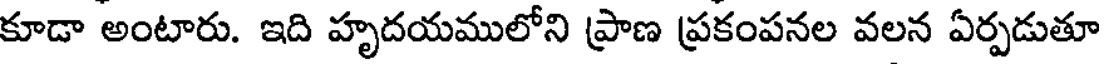
కూడా అంటారు. ఇది హృదయములోని ప్రాణ ప్రకంపనల వలన ఏర్పడుతూ